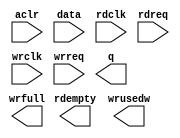
// megafunction wizard: %FIFO%VBB%
// GENERATION: STANDARD
// VERSION: WM1.0
// MODULE: dcfifo 

// ============================================================
// Megafunction Name(s):
// 			dcfifo
//
// Simulation Library Files(s):
// 			altera_mf
// ============================================================
// ************************************************************
// THIS IS A WIZARD-GENERATED FILE. DO NOT EDIT THIS FILE!
//
// 17.1.0 Build 590 10/25/2017 SJ Lite Edition
// ************************************************************

//Copyright (C) 2017  Intel Corporation. All rights reserved.
//Your use of Intel Corporation's design tools, logic functions 
//and other software and tools, and its AMPP partner logic 
//functions, and any output files from any of the foregoing 
//(including device programming or simulation files), and any 
//associated documentation or information are expressly subject 
//to the terms and conditions of the Intel Program License 
//Subscription Agreement, the Intel Quartus Prime License Agreement,
//the Intel FPGA IP License Agreement, or other applicable license
//agreement, including, without limitation, that your use is for
//the sole purpose of programming logic devices manufactured by
//Intel and sold by Intel or its authorized distributors.  Please
//refer to the applicable agreement for further details.

module ts_ci_sync (
	aclr,
	data,
	rdclk,
	rdreq,
	wrclk,
	wrreq,
	q,
	rdempty,
	wrfull,
	wrusedw);

	input	  aclr;
	input	[7:0]  data;
	input	  rdclk;
	input	  rdreq;
	input	  wrclk;
	input	  wrreq;
	output	[7:0]  q;
	output	  rdempty;
	output	  wrfull;
	output	[7:0]  wrusedw;
`ifndef ALTERA_RESERVED_QIS
// synopsys translate_off
`endif
	tri0	  aclr;
`ifndef ALTERA_RESERVED_QIS
// synopsys translate_on
`endif

endmodule

// ============================================================
// CNX file retrieval info
// ============================================================
// Retrieval info: PRIVATE: AlmostEmpty NUMERIC "0"
// Retrieval info: PRIVATE: AlmostEmptyThr NUMERIC "-1"
// Retrieval info: PRIVATE: AlmostFull NUMERIC "0"
// Retrieval info: PRIVATE: AlmostFullThr NUMERIC "-1"
// Retrieval info: PRIVATE: CLOCKS_ARE_SYNCHRONIZED NUMERIC "0"
// Retrieval info: PRIVATE: Clock NUMERIC "4"
// Retrieval info: PRIVATE: Depth NUMERIC "256"
// Retrieval info: PRIVATE: Empty NUMERIC "1"
// Retrieval info: PRIVATE: Full NUMERIC "1"
// Retrieval info: PRIVATE: INTENDED_DEVICE_FAMILY STRING "Cyclone IV E"
// Retrieval info: PRIVATE: LE_BasedFIFO NUMERIC "0"
// Retrieval info: PRIVATE: LegacyRREQ NUMERIC "1"
// Retrieval info: PRIVATE: MAX_DEPTH_BY_9 NUMERIC "0"
// Retrieval info: PRIVATE: OVERFLOW_CHECKING NUMERIC "0"
// Retrieval info: PRIVATE: Optimize NUMERIC "0"
// Retrieval info: PRIVATE: RAM_BLOCK_TYPE NUMERIC "0"
// Retrieval info: PRIVATE: SYNTH_WRAPPER_GEN_POSTFIX STRING "0"
// Retrieval info: PRIVATE: UNDERFLOW_CHECKING NUMERIC "0"
// Retrieval info: PRIVATE: UsedW NUMERIC "1"
// Retrieval info: PRIVATE: Width NUMERIC "8"
// Retrieval info: PRIVATE: dc_aclr NUMERIC "1"
// Retrieval info: PRIVATE: diff_widths NUMERIC "0"
// Retrieval info: PRIVATE: msb_usedw NUMERIC "0"
// Retrieval info: PRIVATE: output_width NUMERIC "8"
// Retrieval info: PRIVATE: rsEmpty NUMERIC "1"
// Retrieval info: PRIVATE: rsFull NUMERIC "0"
// Retrieval info: PRIVATE: rsUsedW NUMERIC "0"
// Retrieval info: PRIVATE: sc_aclr NUMERIC "0"
// Retrieval info: PRIVATE: sc_sclr NUMERIC "0"
// Retrieval info: PRIVATE: wsEmpty NUMERIC "0"
// Retrieval info: PRIVATE: wsFull NUMERIC "1"
// Retrieval info: PRIVATE: wsUsedW NUMERIC "1"
// Retrieval info: LIBRARY: altera_mf altera_mf.altera_mf_components.all
// Retrieval info: CONSTANT: INTENDED_DEVICE_FAMILY STRING "Cyclone IV E"
// Retrieval info: CONSTANT: LPM_NUMWORDS NUMERIC "256"
// Retrieval info: CONSTANT: LPM_SHOWAHEAD STRING "OFF"
// Retrieval info: CONSTANT: LPM_TYPE STRING "dcfifo"
// Retrieval info: CONSTANT: LPM_WIDTH NUMERIC "8"
// Retrieval info: CONSTANT: LPM_WIDTHU NUMERIC "8"
// Retrieval info: CONSTANT: OVERFLOW_CHECKING STRING "ON"
// Retrieval info: CONSTANT: RDSYNC_DELAYPIPE NUMERIC "4"
// Retrieval info: CONSTANT: READ_ACLR_SYNCH STRING "OFF"
// Retrieval info: CONSTANT: UNDERFLOW_CHECKING STRING "ON"
// Retrieval info: CONSTANT: USE_EAB STRING "ON"
// Retrieval info: CONSTANT: WRITE_ACLR_SYNCH STRING "OFF"
// Retrieval info: CONSTANT: WRSYNC_DELAYPIPE NUMERIC "4"
// Retrieval info: USED_PORT: aclr 0 0 0 0 INPUT GND "aclr"
// Retrieval info: USED_PORT: data 0 0 8 0 INPUT NODEFVAL "data[7..0]"
// Retrieval info: USED_PORT: q 0 0 8 0 OUTPUT NODEFVAL "q[7..0]"
// Retrieval info: USED_PORT: rdclk 0 0 0 0 INPUT NODEFVAL "rdclk"
// Retrieval info: USED_PORT: rdempty 0 0 0 0 OUTPUT NODEFVAL "rdempty"
// Retrieval info: USED_PORT: rdreq 0 0 0 0 INPUT NODEFVAL "rdreq"
// Retrieval info: USED_PORT: wrclk 0 0 0 0 INPUT NODEFVAL "wrclk"
// Retrieval info: USED_PORT: wrfull 0 0 0 0 OUTPUT NODEFVAL "wrfull"
// Retrieval info: USED_PORT: wrreq 0 0 0 0 INPUT NODEFVAL "wrreq"
// Retrieval info: USED_PORT: wrusedw 0 0 8 0 OUTPUT NODEFVAL "wrusedw[7..0]"
// Retrieval info: CONNECT: @aclr 0 0 0 0 aclr 0 0 0 0
// Retrieval info: CONNECT: @data 0 0 8 0 data 0 0 8 0
// Retrieval info: CONNECT: @rdclk 0 0 0 0 rdclk 0 0 0 0
// Retrieval info: CONNECT: @rdreq 0 0 0 0 rdreq 0 0 0 0
// Retrieval info: CONNECT: @wrclk 0 0 0 0 wrclk 0 0 0 0
// Retrieval info: CONNECT: @wrreq 0 0 0 0 wrreq 0 0 0 0
// Retrieval info: CONNECT: q 0 0 8 0 @q 0 0 8 0
// Retrieval info: CONNECT: rdempty 0 0 0 0 @rdempty 0 0 0 0
// Retrieval info: CONNECT: wrfull 0 0 0 0 @wrfull 0 0 0 0
// Retrieval info: CONNECT: wrusedw 0 0 8 0 @wrusedw 0 0 8 0
// Retrieval info: GEN_FILE: TYPE_NORMAL ts_ci_sync.v TRUE
// Retrieval info: GEN_FILE: TYPE_NORMAL ts_ci_sync.inc FALSE
// Retrieval info: GEN_FILE: TYPE_NORMAL ts_ci_sync.cmp FALSE
// Retrieval info: GEN_FILE: TYPE_NORMAL ts_ci_sync.bsf FALSE
// Retrieval info: GEN_FILE: TYPE_NORMAL ts_ci_sync_inst.v FALSE
// Retrieval info: GEN_FILE: TYPE_NORMAL ts_ci_sync_bb.v TRUE
// Retrieval info: LIB_FILE: altera_mf